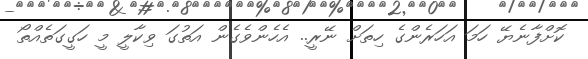
ކޮށްފާނެޔޭ ހަމަ އަހަރެންގެ ހިތަށް ނޭރީ.. އެހެންވެގެން އަތުގަ ވިކާލީ މީ ހަގީގަތެއްތޯ